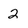
Character: 2